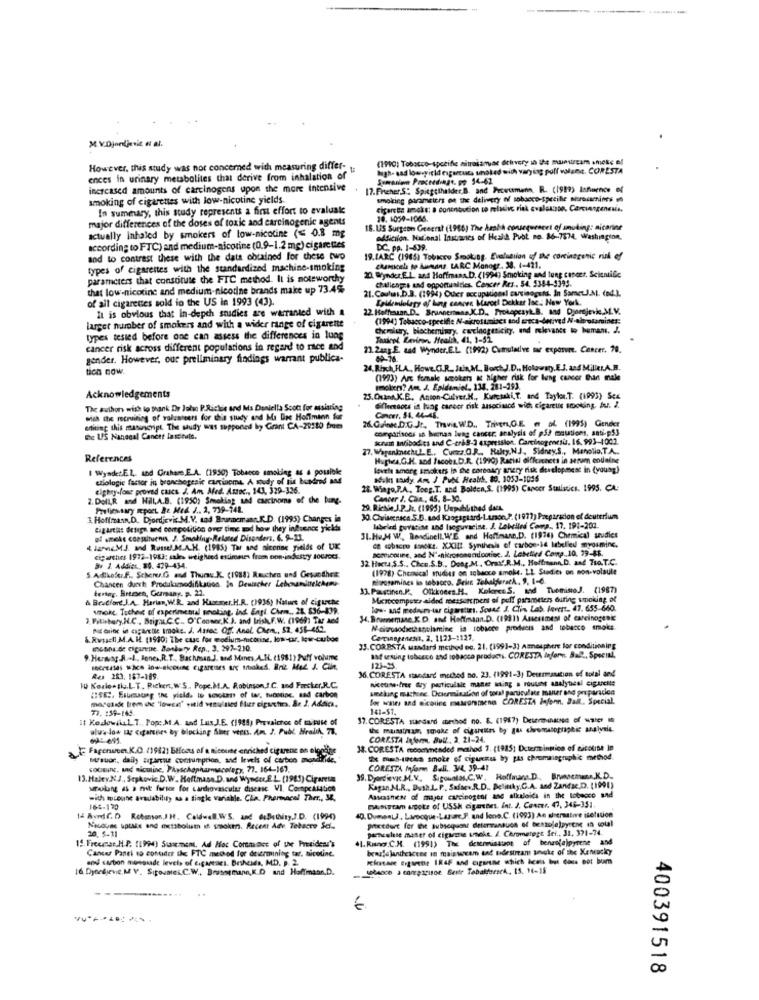
M.V.Djordjevic et al.
(1990) Tobacco-specifie aitrakamac dthevery in the munuiream smeke ef
However, this study was not concerned with measuring differ-
high- sad lowyield cigarcuc, whoked with varying poff valene. CORESTA
ences in urinary metabolites that derive from inhalation of
Symonien Proceedingt. po 54-62
increased amounts of carcinogens upon the more Intensive
17.Fischer,S" Spiegelhalder.B. and Prewumenn, R. (1999) Isfinence of
smoking of cigarettes with low-nicotine yields.
smoking parameters of the delivery of tobacco-spetile shrsoins ₥
In summary, this study represents a first effort to evaluake
cigarette smoke: a contribution to relative risk svalouse, Cervangenesis.
major differences of the doses of toxic and carcinogenic agents
30. 1050-1066.
actually Inhaled by smokers of low-nicotine (< 0.8 mg
18.US Surgeon Graerst (1986) The Arabà consequences of smoking: aicarine
odfiction. Nacional Instavics of Hesla Prot no. 86-7574. Washington.
according to FTC) and medium-nicotine (0.9-1.2 mg) cigarettes
DC. pp. 1-839.
sod to contrast these with the data obtained for these two
19.IARC (1965) Tobacco Smoking. Evaluation of the corinagenic risk ef
types of cigarettes with the standardized machine-smoking
chancela to Aumsans LARC Monogr. 38. 1-421.
parameters that constitute the FTC method. It is noteworthy
2. Wynder.E.L. and Hoffmans.D. (1994) Smoking and lung cancer, Scientific
Challenges and opportunities. Cancer Res .. 54. 3344-3395.
that low-nicotine and medium-nicotine brands make up 73.4%
21. Caufuns.b.3. (1994) Ouer occupational carcinogut, In SametJ.A. (ed.).
of all cigarettes sold in the US in 1993 (43).
Epidemiology of Ling cancre Marcel Dekker lac. New York.
It is obvious that In-depth snadies are warranted with A
22. Haffisaan. D ., Brunnenmas J.D ., Prokapesyk.B. and Djordjevk M.V.
(1994) Tobacco-specific N-aicrostmiacs and areca-derived / altrotamines:
larger number of smokers and with a wider range of cigarette
Chemistry, biochemimy, carcinogenicity, and relevance to human. J.
types tested before one can assess the differences in lung
cancer risk across different populations in regard to rice and
21.2ang.E. sad Wynder.E.L. (1992) Cumulative mar exposure. Cancer. 70.
gender. However, our preliminary findings warrant publica-
69-76
tich now.
24. Risch,FLA, Howe. C.R. Juin,M ., Borch J.D ., Holowaty, E.J. and Miller.A.R.
(1993) Are female smokers at higher risk for lung cancer Chant male
smokier? Am. J. Epidaniel, 134. 281-293.
Acknowledgements
25.OmnA.K.B. Anton-Culver.K ., Kureski, T, and Taylor.T. (1993) Sex
The authon wish to thank Dr John P.Richie and Ms Daniella Scott for assisting
Gifleessous is huog career risk associsacd wid cigarette smoking, A. J.
wish the recruiting of volunteers for this study and Ma Dias Hoffmann for
26. G.Anke.D.G.Jt. Travis. W.D ., ThiMEHL,GE @ af (1995) Gender
Cancer, 14. 44-45.
editing this masincript The study was supported by Grant CA-22110 free
comparisons ss buenas lung cancer. analysis of ps/ mautions, anti-p53
DE US Nanecal Cancer lascitule.
krum Infibodies and C-très-3 expression. Carcinogenesis. 16. 993-1001.
27. WagenknecheL.E ., Cuzz.O.R ., Hulty,N.J. Sidney.S ., Menolio.T.A ..
References
Hughes.G.H. sod Jacobs.D.R. (1990) Racial differences in serum endaine
I Wyadet.El, and Crahare,E.A. (1930) Tobacco smoking as a poulele
evthe amorg smokers in the coronary angry risk development in (young)
czlologic factor in bronchogesic carcinoma. A study of fis hundred and
adalet soudy. Am J Pub Health, 89. 1053-1056
eighty-fone proved cascs. J. Am Med. Attoc ., 143, 329-326.
28. Wingo,P.A ., Toeg.T. and Bolden,S. (1995) Cancer Stalstics. 1995. CA:
2. Doll,R and Hill,A.B. (1950) Smoking und carcinome of the bung-
Cancer J. Caa ., 45, 8-30.
Proliessary Rport Re Med. J .. 2, 739-141.
29. Richie J.P.Jr. (1995) Unpublished das.
3. Hoffmann,D. Djordjevic.M.V. und Brunnemann.K.D. (1995) Changes in
30. Clviseensce.S.B. sad Krogsgaard-Lanon,P. (1977) Preparacion el deuterium
Ligartis design and competition over time ad how they inbuenos yields
Abeled govatine and lseguraeine. J. Labelled Comp ., 17. 191-202.
of smoke congaituenis. J. Smaking-Related Disorders, 6. 9-13.
31.He.M W ., Bendinell, W'E and Hoffmann.D. (1976) Chemical studies
- bac S. XXIII Synthesis of carbon-id labelled myosminc.
i HaveMJ. and Runsel. M.A.H. (1985) Tar and aiconne fields of UK
acoicoure, and N'-nicrosonendootise. J. Lebetied Comp .. 10, 39-48.
ciparthes 1972-1983: sales weighed estiromes from con industry sour0.
32 Hecta.S.S ., Chen.S.B ., Doag.M. Oras.R.M ., Hoffmann.D. and Tsa.T.C.
5. Adlhofer.f ., Scherer.G and Thurs.K. (1988) Rauchen und Gesandhet
B. J. Addict, 80. 439-434.
(1978) Chemical mudies on achance smoke. LL Stadier on non-volaule
Chancen duerh Produksmodifikation. In Deutscher LebenmluelAno-
pisosamines is tobacco. Scie Tohalfarack, 9, 1-6.
tentar, Bremsen, Gurany, p. 22.
13. Pastinen.P. Olkkones.H. Kokres S. and TuenisoJ. (1987)
& Bruciore.J.A. Harian, W.R. and Haasmer.H.R. (1936) Nature of cigarche
Mxzocomputer aided messen ment of puff parameters during smoking of
whoke. Toches of experimental smoking. ind. Engi Chem ., 21. 836-839.
low- and medium-tar cigarettes. Sound J. Clin Las. levert. 47. 655-660.
3. Pitisbury.H.C ., Brighu.C.C .. O'Conner.K.). and Irish,F.W. (1969) Tar aed
34. Brumemase.K.D. and Hoffmann.D. (1911) Assestmesi of carcinogenic
Mit Grioc in cigarette smoke. J. Assoc. Off. Anal. Chem ., $2, 458-452.
Noivosodiethanolamine is tobacco products and tebarco smoke
& Russell M.A.H. (1980; The case for modium-morise, low-tar, low-cubos
Carinagenesis. 2. 1123-1123.
EnGi.de cigarene. Bankery Ren ., 3. 297-210.
33.CORBSTA mandard method oo. 21. (1991-3) Atmosphere for conditioning
9. Hermag.A.L ., Jones,R.T ., Bachman.J. and Manes.A.I. (1981) Puff volume
aaf sesung tobusco and tobacco products. CORESTA Infern. Ball, Special,
secasas wice low-nicotine cigareises are titighed. Briz Med J. Ciin,
36. CORESTA standard method no. 23. (1991-3) Deurmmation of total and
123-25
Res 283. 187-189.
niceuse.free Gry particulale mante ming a routine analytical cigarette
ID Kozlo.the.LT. Rickert, W'S ., Pope.M.A. Robinson,I.C. and Forster.R.C.
smoking machene. Determination of ton particulate mauer and preparacion
USE, Esumaung In yield. Ie scotens of w. tuostine, and carbon
marcisk frem de 'lowse' sitid venulsled flur cipuxhırs. Ar 2. Addica,
Sor ioses and ecoline metrorameno CORESTA Infenn. Jak, Special.
77. 159-165.
141-51.
If KozlowskiL. T ., Pop; M.A. and Lux J.E. (1988) Prevalchce of mutuse of
37. CORESTA sundand method no. E. (1987) Deseraunause of water
alura-low tag Cigarenes by blocking Sier vers. Am. J. Publ. Health, 73.
the musstham, smoke of cigarettes by gas clwomanopraphic analysis.
CORESTA Inform. Jul. 2. 21-24.
Fagcruce.K.O. (19821 Blfocus of a aicouse enriched cigarene on eloneise
38. CORESTA mcommended method 7. (1985) Dctermintion of nicoline In
strsuor. daily zupartiu consumption, and levels of carbon meadilide.
mil-tetes smoke of ciguettes by pas chromaingraph's method.
cobitinc. snad nicoline, Physchophamnsscalepy, 77, 164-167,
CORESTA Myform Bull. 3/4. 39-41
13. Haley.N.J ., Sepkovic.D.W. Hoftmasa.D. and Wynder.E.L. (1985) Cigareta
39. Djordivac.M.V. Sigountas,C.W. Hoffmann. D ., Brunnemann.K.D.
solang as a mit forsor for carchovascular disease VI. CompcAltice
Kagan M.R ., Bush.L. P ., Safsev.R.D ., Belinky,C.A. and Zandse.D. (1991)
with toroune avedability as a tingk variable. CLa. Pherence! Ther ., 34,
Assasness of major carcinogens and alkaloids in the tobacco and
164-170
EMSitam spoke of USSH cigarenes. int. J. Cancer. 47, 346-351.
14 AvrdCD Robinson,JH. Caldwell.WS. and @Bething,J.D. (1994)
40. DumentJ ., Laveoque.Lasarc.F. and lone.C. (1993) An alternative isolution
prixtourt for the subsequent delarmanauch of benzoje)pyrene in soll
20. 5-11
Neuduas uptake and axtsbolust ih smoken. Recent Adv. Tebacre Sci ..
pincelse maser of cigserie uneke. /. Chromeregt Sei ., 31, 371-74.
15. Frecciar,H.P. (1994) Suasment, Ad Hoc Cormacc of the President's
.1. Rang C.H. (1991) The desemissues of benenjejpyrene and
Cancer Panel 19 cottidet the FTC metod for deermining tar. nicotine.
benz's janthescene in maisscam tad tidestream socks of the Kentucky
and cation musssade levels of cigartaci. Brsheids, MD. p. 2.
Kitane figurent IRAF and cipseine which heats but Caus Bot bum
I& Dyorkjevie. M V. Sipoumes,C.W ., Brusogmann,K.O and Hoffmann.D.
400391518